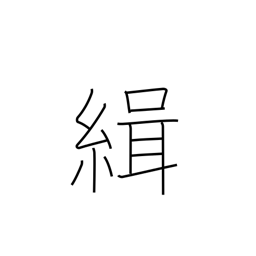
Meaning: bring together